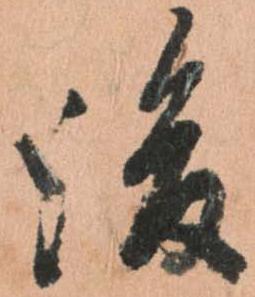
後